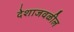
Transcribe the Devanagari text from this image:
देशाजवळील